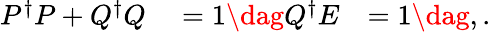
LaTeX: \begin{array}{rlr}{P^{\dagger}P+Q^{\dagger}Q}&{{}=1\dag Q^{\dagger}E}&{=1\dag,.}\end{array}